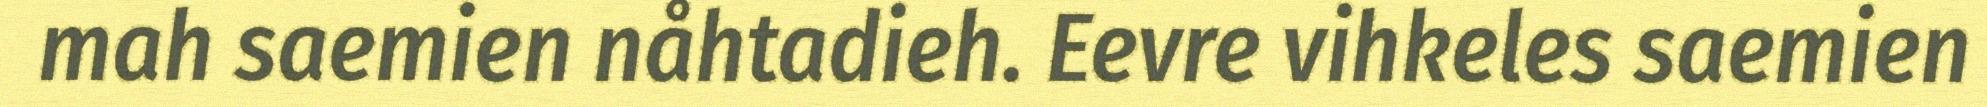
mah saemien nåhtadieh. Eevre vihkeles saemien